Annual report of the Central Committee of the Association together with the report of the directors of the Pasteur Institute at Kasauli
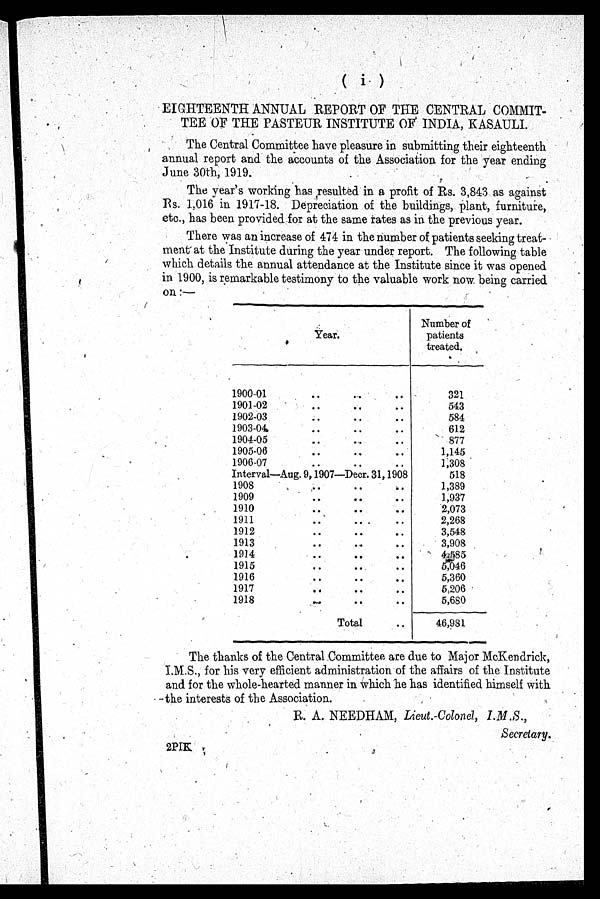
( i )
EIGHTEENTH ANNUAL REPORT OF THE CENTRAL COMMIT
-
TEE OF THE PASTEUR INSTITUTE OF INDIA, KASAULI.
The Central Committee have pleasure in submitting their eighteenth
annual report and the accounts of the Association for the year ending
June 30th, 1919.
The year's working has resulted in a profit of Rs. 3,843 as against
Rs. 1,016 in 1917-18. Depreciation of the buildings, plant, furniture,
etc., has been provided for at the same rates as in the previous year.
There was an increase of 474 in the number of patients seeking treat
- m e n t a t t h e I n s t i t u t e d u r i n g t h e y e a r u n d e r r e p o r t . T h e f o l l o w i n g t a b l e
which details the annual attendance at the Institute since it was opened
in 1900, is remarkable testimony to the valuable work now being carried
on :—
Year.
Number of
patients
treated.
1900-01 . . .
321
1901-02 . . .
543
1902-03 . . .
584
1903-04 . . .
612
1904-05 . . .
877
1905-06 . . .
1,145
1906-07 . . .
1,308
Interval—Aug. 9, 1907—Decr. 31,1908
518
1908 . . .
1,389
1909 . . .
1,937
1910 . . .
2,073
1911 . . .
2,268
1912 . . .
3,548
1913 . . .
3,908
1914 . . .
4,585
1915 . . .
5 , 0 4 6
1916 . . .
5,360
1917 . . .
5,206
1918 . . .
5,680
Total . . .
46,981
The thanks of the Central Committee are due to Major McKendrick,
I.M.S., for his very efficient administration of the affairs of the Institute
and for the whole-hearted manner in which he has identified himself with
the interests of the Association.
R . A . N E E D H A M ,
L i e u t.
-
C o l o n e l
,
I . M . S . ,
Secretary.
2PIK